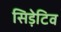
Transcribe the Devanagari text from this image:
सिड़ेटिव